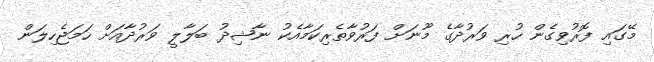
މޭގައި ފޮރުވިގެން ހުރި ވަރުދާގެ މޫނަށް ފަރުވާތެރިކަމާއެކު ނާޝިދު ބަލާލީ ވަރުދާއަށް ހަމަޖެހިލަން